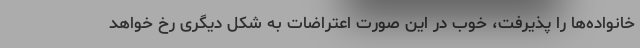
خانواده‌ها را پذیرفت، خوب در این صورت اعتراضات به شکل دیگری رخ خواهد